Annual statistical returns and brief notes on vaccination in Bengal - 1887-1898
Year: 1887
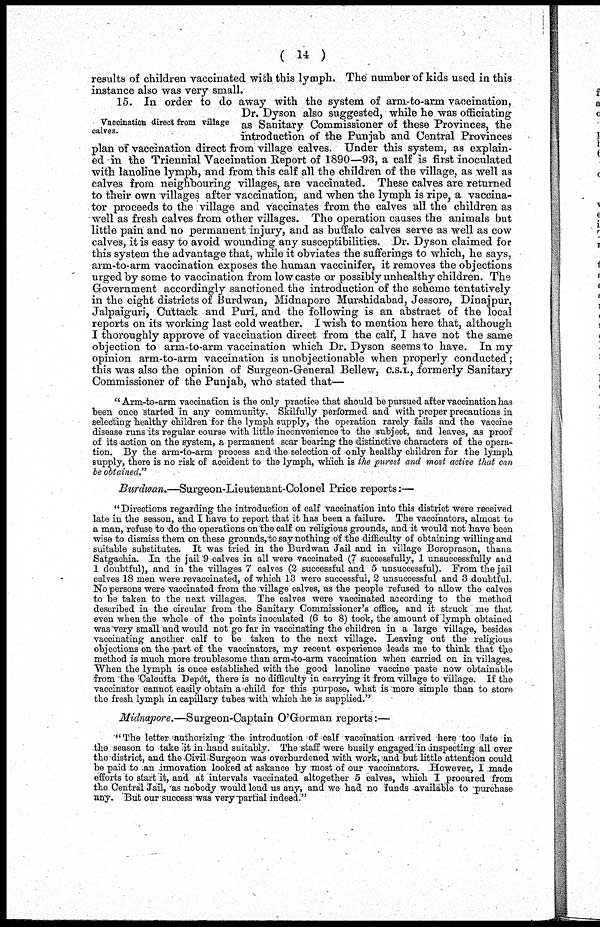
(14)
results of children vaccinated with this lymph. The number of kids used in this
instance also was very small.
Vaccination direct from village
calves.
15. In order to do away with the system of arm-to-arm vaccination,
Dr. Dyson also suggested, while he was officiating
as Sanitary Commissioner of these Provinces, the
introduction of the Punjab and Central Provinces
plan of vaccination direct from village calves. Under this system, as explain-
ed in the Triennial Vaccination Report of 1890—93, a calf is first inoculated
with lanoline lymph, and from this calf all the children of the village, as well as
calves from neighbouring villages, are vaccinated. These calves are returned
to their own villages after vaccination, and when the lymph is ripe, a vaccina-
tor proceeds to the village and vaccinates from the calves all the children as
well as fresh calves from other villages. The operation causes the animals but
little pain and no permanent injury, and as buffalo calves serve as well as cow
calves, it is easy to avoid wounding any susceptibilities. Dr. Dyson claimed for
this system the advantage that, while it obviates -the sufferings to which, he says,
arm-to-arm vaccination exposes the human vaccinifer, it removes the objections
urged by some to vaccination from low caste or possibly unhealthy children. The
Government accordingly sanctioned the introduction of the scheme tentatively
in the eight districts of Burdwan, Midnapore Murshidabad, Jessore, Dinajpur,
Jalpaiguri, Cuttack and Puri, and the following is an abstract of the local
reports on its working last cold weather. I wish to mention here that, although
I thoroughly approve of vaccination direct from the calf, I have not the same
objection to arm-to-arm vaccination which Dr. Dyson seems to have. In my
opinion arm-to-arm vaccination is unobjectionable when properly conducted;
this was also the opinion of Surgeon-General Bellew, C.S.I., formerly Sanitary
Commissioner of the Punjab, who stated that—
"Arm-to-arm vaccination is the only practice that should be pursued after vaccination has
been once started in any community. Skilfully performed and with proper precautions in
selecting healthy children for the lymph supply, the operation rarely fails and the vaccine
disease runs its regular course with little inconvenience to the subject, and leaves, as proof
of its action on the system, a permanent scar bearing the distinctive characters of the opera-
tion. By the arm-to-arm process and the selection of only healthy children for the lymph
supply, there is no risk of accident to the lymph, which is the purest and most active that can
be obtained."
Burdwan.—Surgeon-Lieutenant-Colonel Price reports:—
"Directions regarding the introduction of calf vaccination into this district were received
late in the season, and I have to report that it has been a failure. The vaccinators, almost to
a man, refuse to do the operations on the calf on religious grounds, and it would not have been
wise to dismiss them on these grounds,to say nothing of the difficulty of obtaining willing and
suitable substitutes. It was tried in the Burdwan Jail and in village Boroprason, thana
Satgachia. In the jail 9 calves in all were vaccinated (7 successfully, 1 unsuccessfully and
1 doubtful), and in the villages 7 calves (2 successful and 5 unsuccessful). From the jail
calves 18 men were revaccinated, of which 13 were successful, 2 unsuccessful and 3 doubtful.
No persons were vaccinated from the village calves, as the people refused to allow the calves
to be taken to the next villages. The calves were vaccinated according to the method
described in the circular from the Sanitary Commissioner's office, and it struck me that
even when the whole of the points inoculated (6 to 8) took, the amount of lymph obtained
was "very small and would not go far in vaccinating the children in a large village, besides
vaccinating another calf to be taken to the next village. Leaving out the religious
objections on the part of the vaccinators, my recent experience leads me to think that the
method is much more troublesome than arm-to-arm vaccination when carried on in villages.
When the lymph is once established with the good lanoline vaccine paste now obtainable
from the Calcutta Depôt, there is no difficulty in carrying it from village to village. If the
vaccinator cannot easily obtain a child for this purpose, what is more simple than to store
the fresh lymph in capillary tubes with which he is supplied."
Midnapore.—Surgeon-Captain
O'Gorman reports:—
"The letter authorizing the introduction of calf vaccination arrived here too late in
the season to take it in hand suitably. The staff were busily engaged in inspecting all over
the district, and the Civil Surgeon was overburdened with work, and but little attention could
be paid to an innovation looked at askance by most of our vaccinators. However, I made
efforts to start it, and at intervals vaccinated altogether 5 calves, which I procured from
the Central Jail, as nobody would lend us any, and we had no funds available to purchase
any. But our success was very-partial indeed."